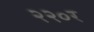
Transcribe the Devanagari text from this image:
२२०र